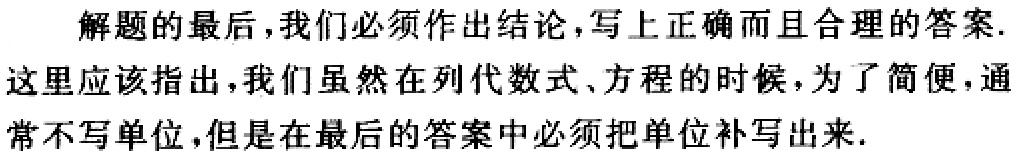
解题的最后,我们必须作出结论,写上正确而且合理的答案.

这里应该指出,我们虽然在列代数式、方程的时候，为了简便,通常不写单位,但是在最后的答案中必须把单位补写出来.